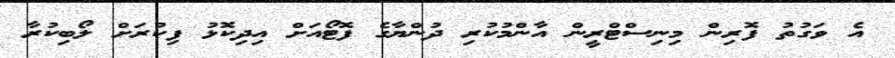
އެ ވަގުތު ފޮރިން މިނިސްޓްރީން އާންމުކުރި ދުންޔާގެ ފޮޓޯއަށް އިދިކޮޅު ފިކުރަށް ލޯބިކުރާ